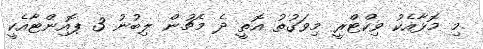
މި މޮޅާއެކު ވިކްޓްރީ މިވަގުތު އޮތީ ދެ މެޗުން ލިބުނު 3 ޕޮއިންޓާއެކީ